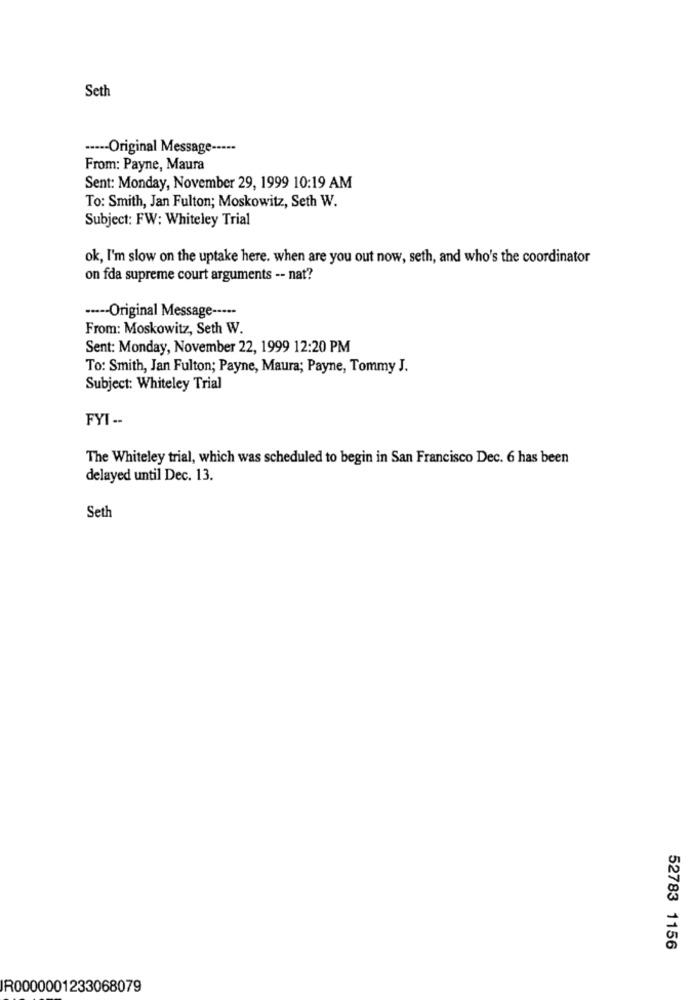
Seth
----- Original Message -----
From: Payne, Maura
Sent: Monday, November 29, 1999 10:19 AM
To: Smith, Jan Fulton; Moskowitz, Seth W.
Subject: FW: Whiteley Trial
ok, I'm slow on the uptake here. when are you out now, seth, and who's the coordinator
on fda supreme court arguments -- nat?
··--- Original Message -----
From: Moskowitz, Seth W.
Sent: Monday, November 22, 1999 12:20 PM
To: Smith, Jan Fulton; Payne, Maura; Payne, Tommy J.
Subject: Whiteley Trial
FYI --
The Whiteley trial, which was scheduled to begin in San Francisco Dec. 6 has been
delayed until Dec. 13.
Seth
52783 1156
R0000001233068079